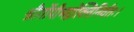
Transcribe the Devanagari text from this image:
श्रीर्गोपीभद्रोक्तिनिर्वतः।